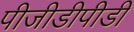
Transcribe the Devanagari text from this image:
पीजीडीपीडी